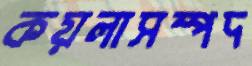
কয়লাসম্পদ